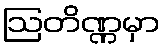
ဩတိဏ္ဏမှာ